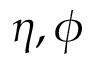
\eta , \phi